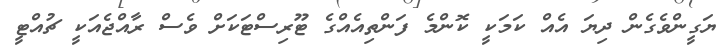
ޔަގީންވެގެން ދިޔަ އެއް ކަމަކީ ކޮންމެ ފަންތިއެއްގެ ޓޫރިސްޓަކަށް ވެސް ރާއްޖެއަކީ ޗުއްޓީ